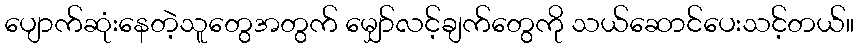
ပျောက်ဆုံးနေတဲ့သူတွေအတွက် မျှော်လင့်ချက်တွေကို သယ်ဆောင်ပေးသင့်တယ်။